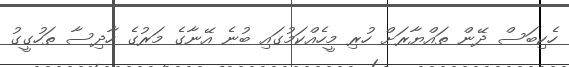
ހެކިބަސް ދޭން ތައްޔާރަށް ހުރި މީހެއްކަމުގައި ބުނެ އޭނާގެ މަރުގެ ހާދިސާ ތަހުގީގު